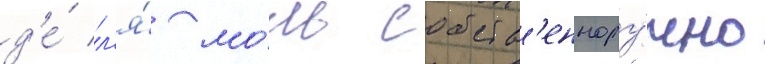
д'е́ л'я́ мо́ль собств'еннору́чно